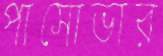
পাসোভার